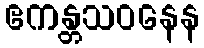
ဧကန္တသဝနေန